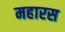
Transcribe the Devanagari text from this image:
महारस